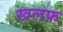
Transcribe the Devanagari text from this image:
खलफ़